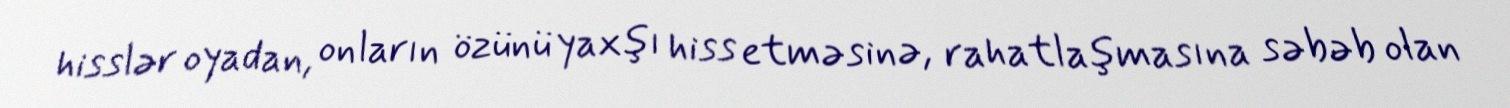
hisslər oyadan, onların özünü yaxşı hiss etməsinə, rahatlaşmasına səbəb olan